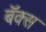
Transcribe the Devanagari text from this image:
बॅक्स